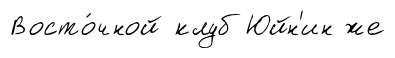
Восто́чной клуб Юйн'ин же